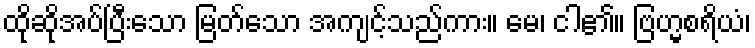
ထိုဆိုအပ်ပြီးသော မြတ်သော အကျင့်သည်ကား။ မေ၊ ငါ၏။ ဗြဟ္မစရိယံ၊